38_143685_box_Incident_Summaries_101-172
Agency: Department of War
Page 144
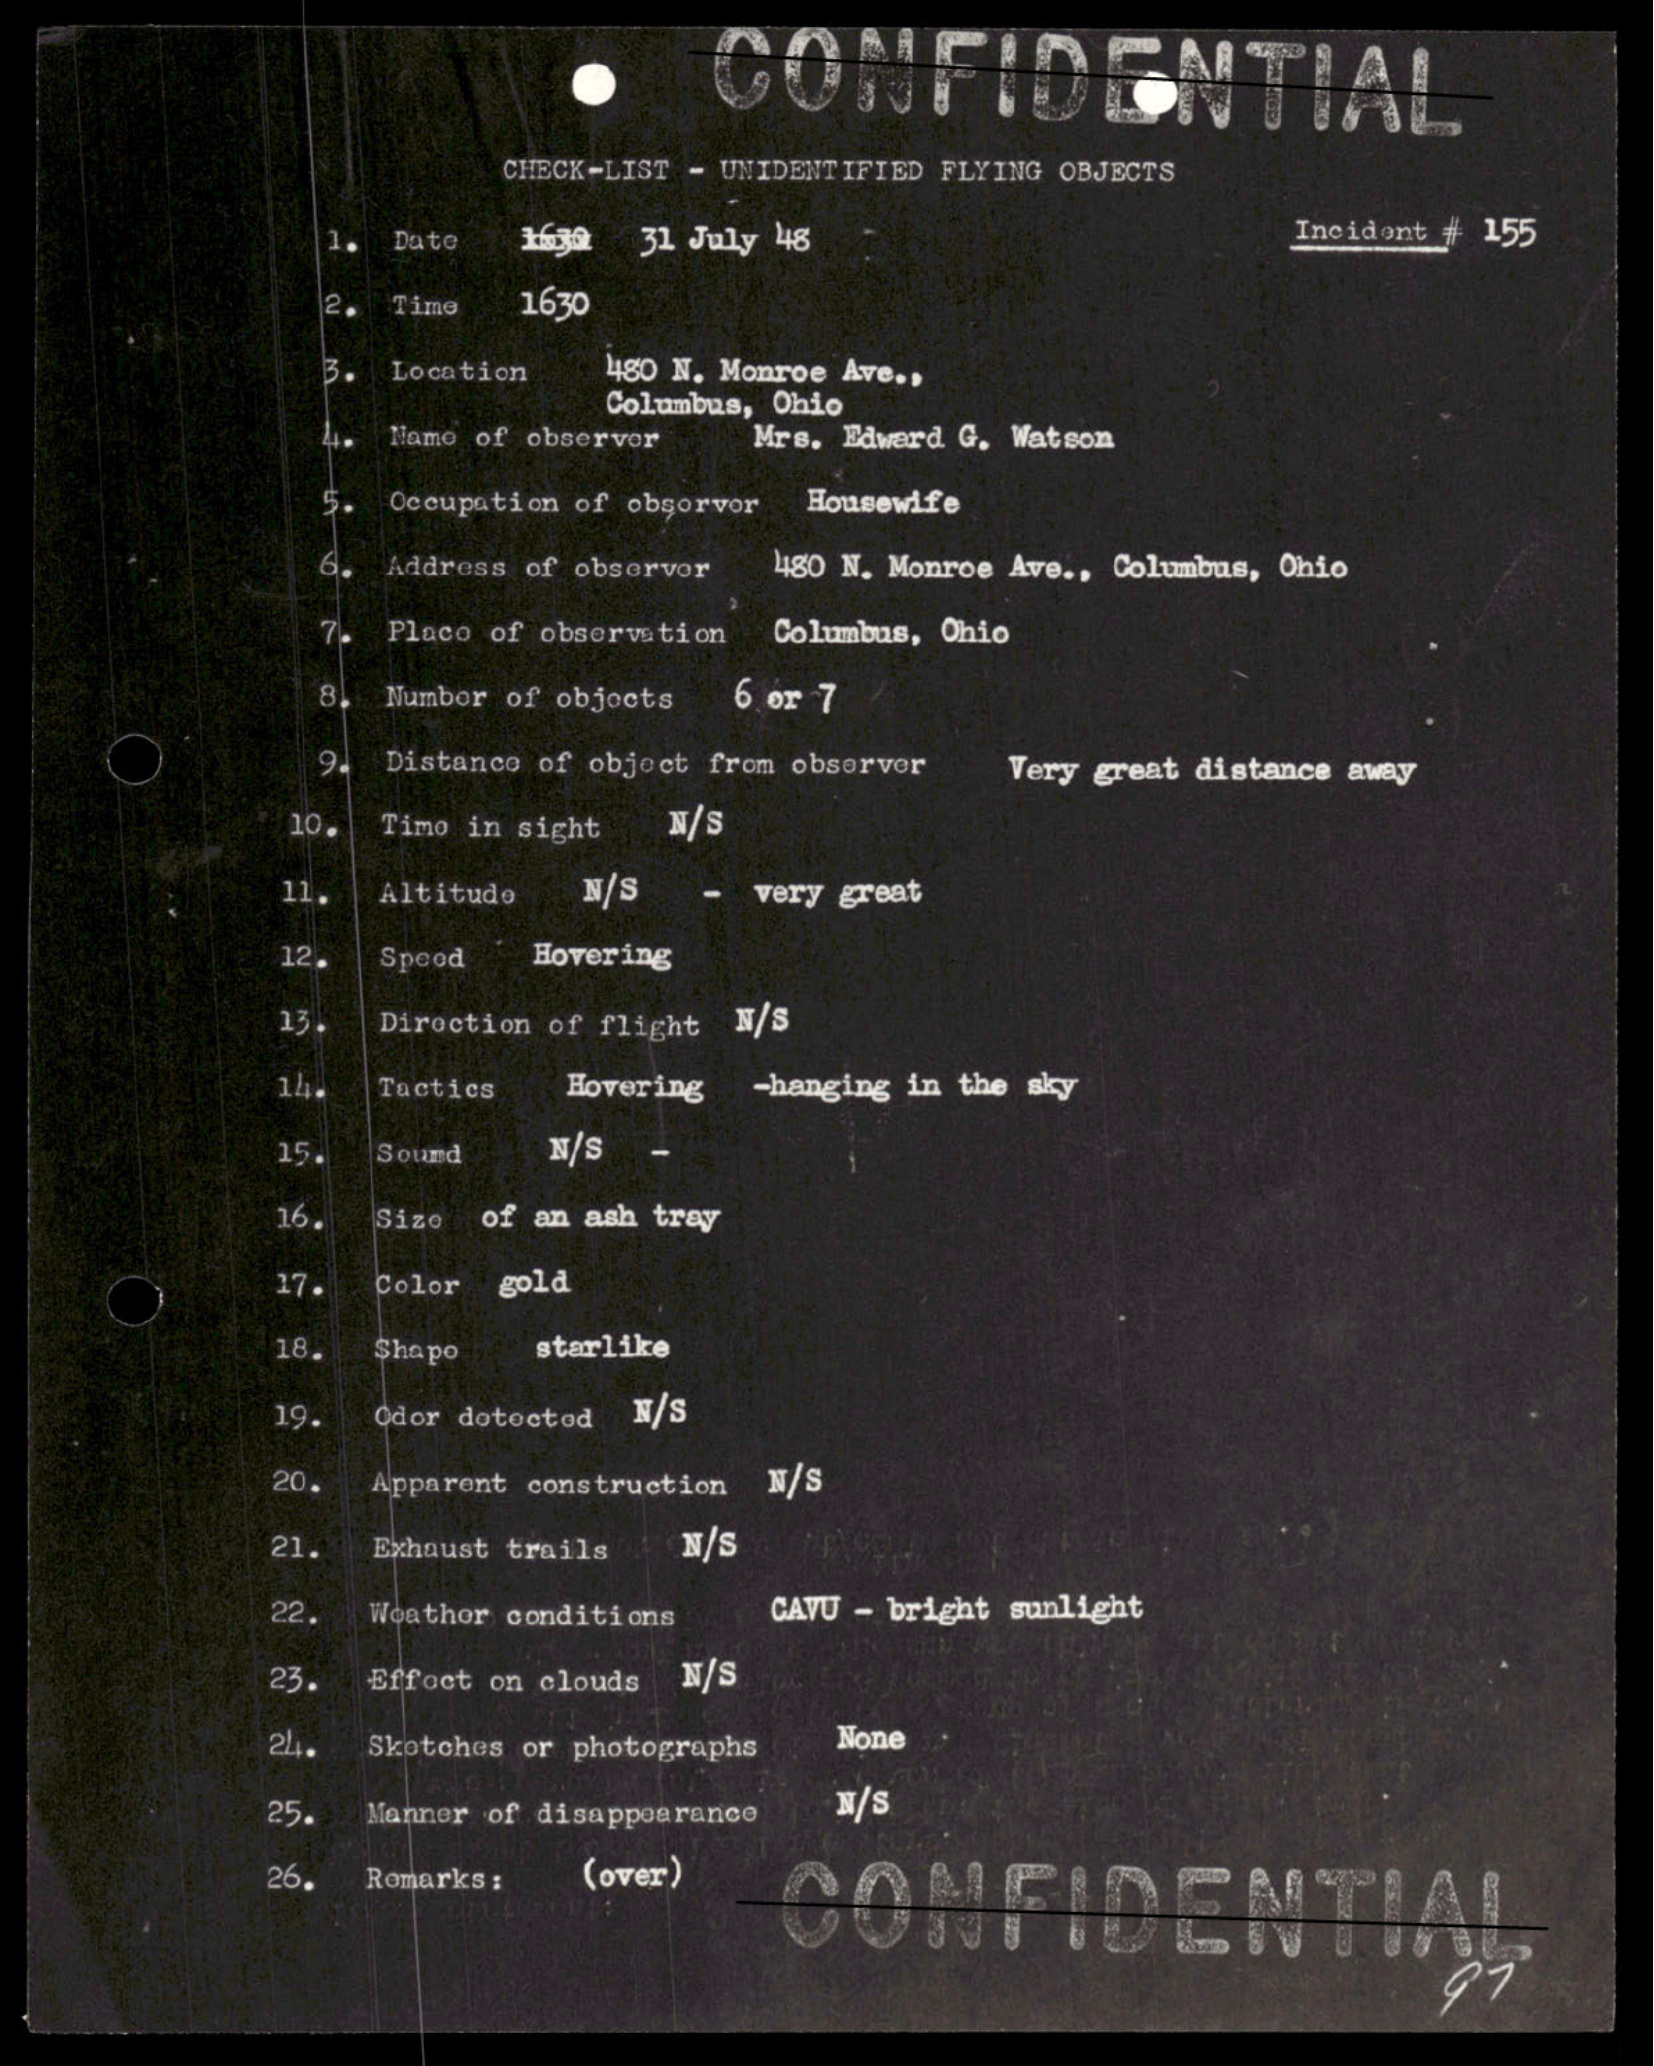